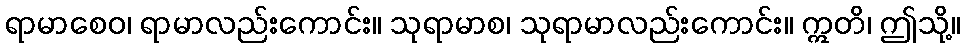
ရာမာစေဝ၊ ရာမာလည်းကောင်း။ သုရာမာစ၊ သုရာမာလည်းကောင်း။ ဣတိ၊ ဤသို့။